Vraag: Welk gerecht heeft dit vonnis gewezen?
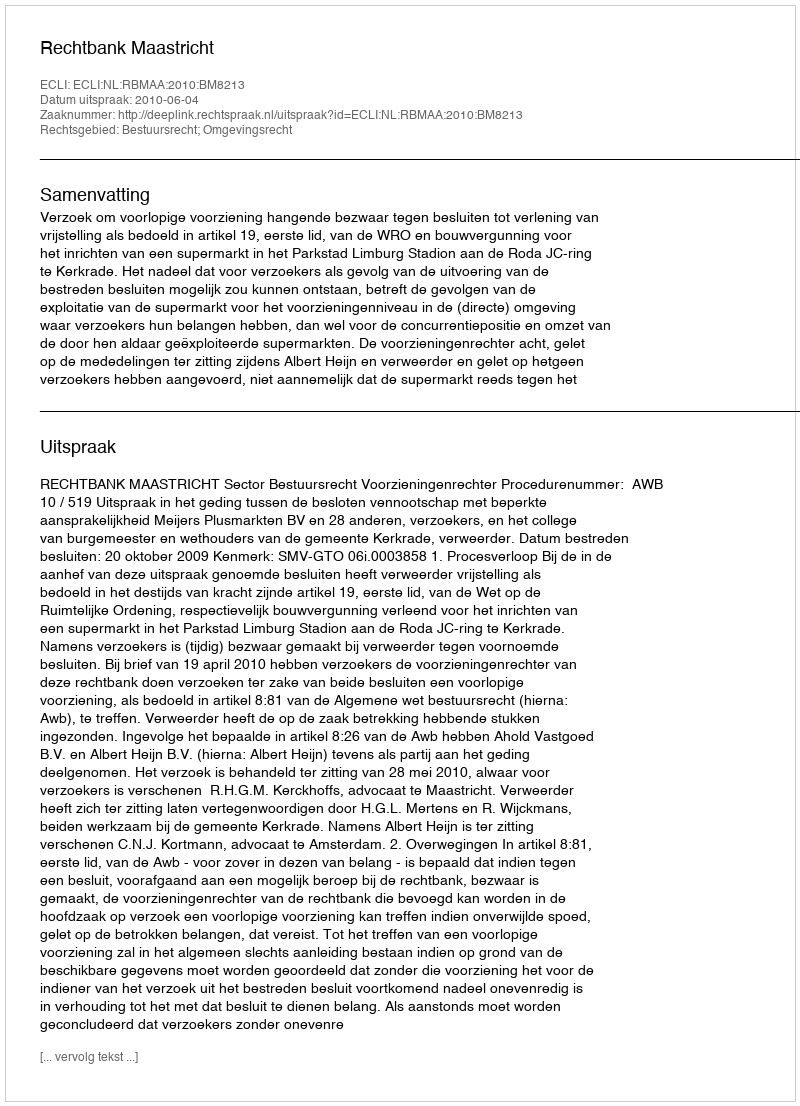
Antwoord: Rechtbank Maastricht